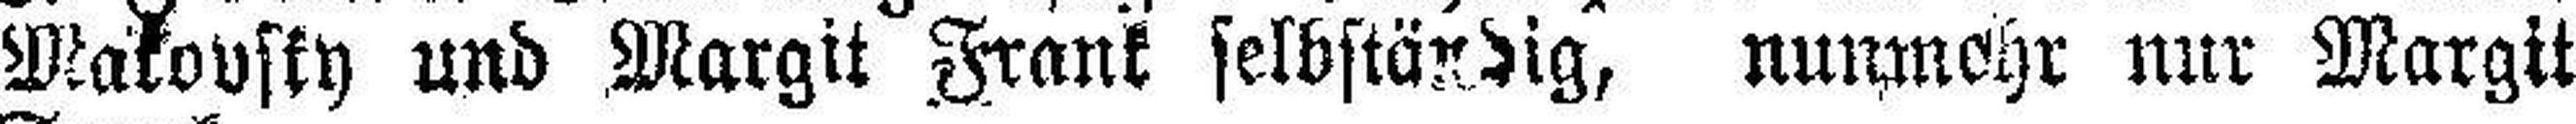
Makousky und Margit Frank selbständig, nunmchr nur Margit